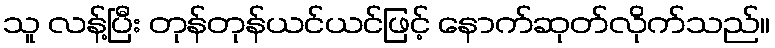
သူ လန့်ပြီး တုန်တုန်ယင်ယင်ဖြင့် နောက်ဆုတ်လိုက်သည်။